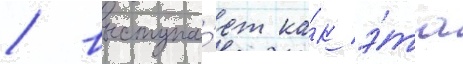
/ выступа́ет ка́к э́та